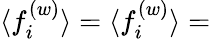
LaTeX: \langle f_{i}^{(w)}\rangle=\langle f_{i}^{(w)}\rangle=